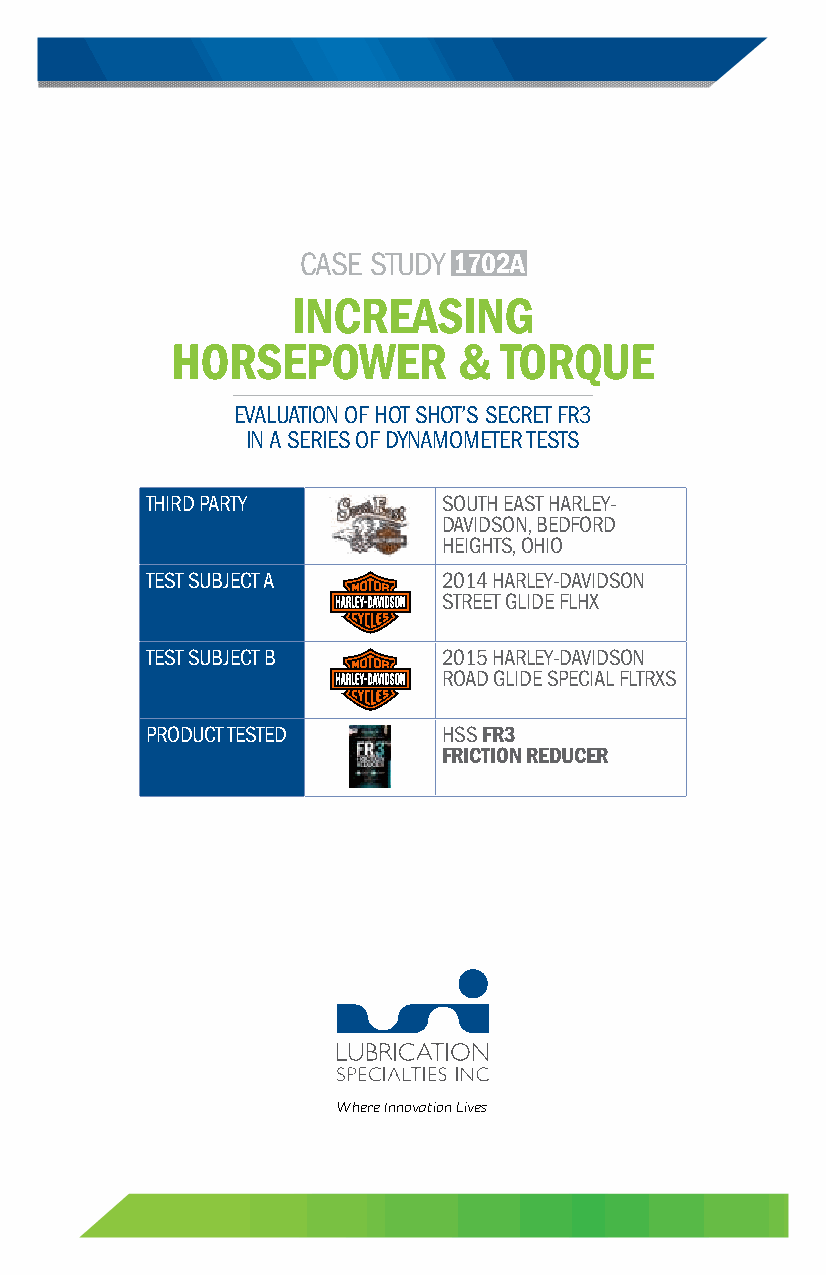
CASE STUDY 1702A
 INCREASING
 HORSEPOWER         &  TORQUE
 EVALUATION OF HOT SHOT’S SECRET FR3
 IN A SERIES OF DYNAMOMETER TESTS
 THIRD PARTY        SOUTH EAST HARLEY-
 DAVIDSON, BEDFORD
 HEIGHTS, OHIO
 TEST SUBJECT A     2014 HARLEY-DAVIDSON
 STREET GLIDE FLHX
 TEST SUBJECT B     2015 HARLEY-DAVIDSON
 ROAD GLIDE SPECIAL FLTRXS
 PRODUCT TESTED     HSS FR3
 FRICTION REDUCER
 Where Innovation Lives